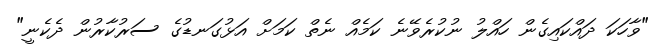
"ވާހަކަ ދައްކައިގެން ހައްލު ނުކުރެވޭނެ ކަމެއް ނެތް ކަމަށް އަޅުގަނޑުގެ ސަރުކާރުން ދެކެނީ"